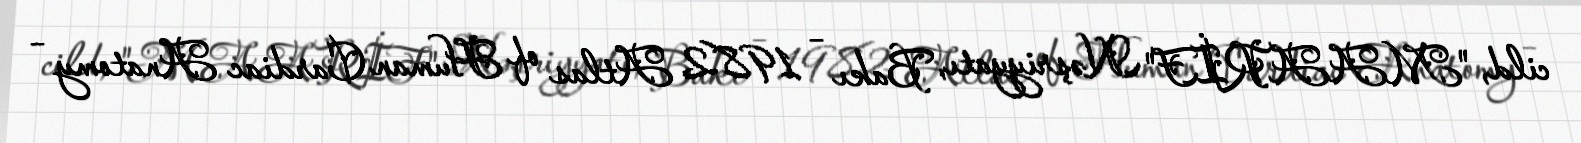
cild, "MAARİF" Nəşriyyatı, Bakı – 1982 Atlas of Human Cardiac Anatomy –